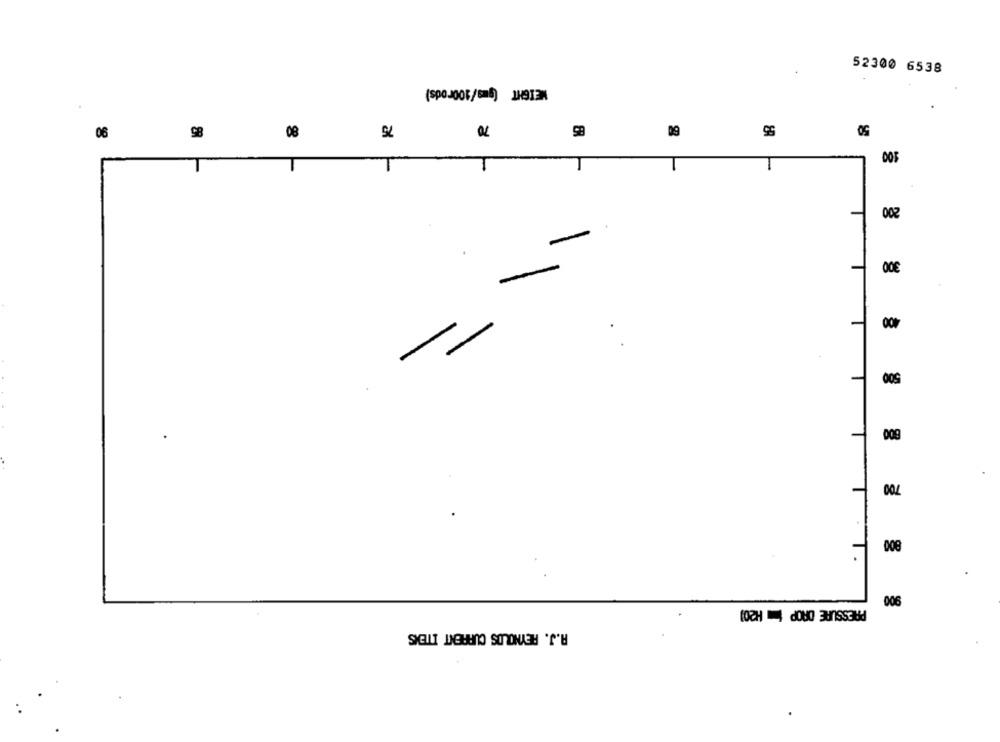
52300 6538
WEIGHT (gus/100rods)
2
55
06
98
08
09
500
009
008
PRESSURE DROP ( H20)
006
A.J. REYNOLDS CURRENT ITENS